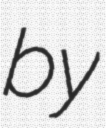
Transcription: by